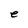
Character: e